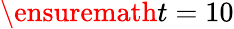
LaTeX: \ensuremath{t}=10